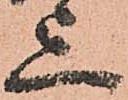
上